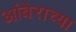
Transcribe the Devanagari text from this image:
आंबेराच्या